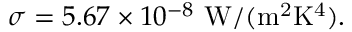
\sigma = 5 . 6 7 \times 1 0 ^ { - 8 } \mathrm { \ W / ( m ^ { 2 } K ^ { 4 } ) } .